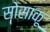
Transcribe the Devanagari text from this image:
सोसाकू